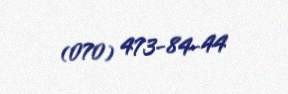
(070) 473-84-44